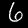
Digit: 6